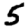
Digit: 5